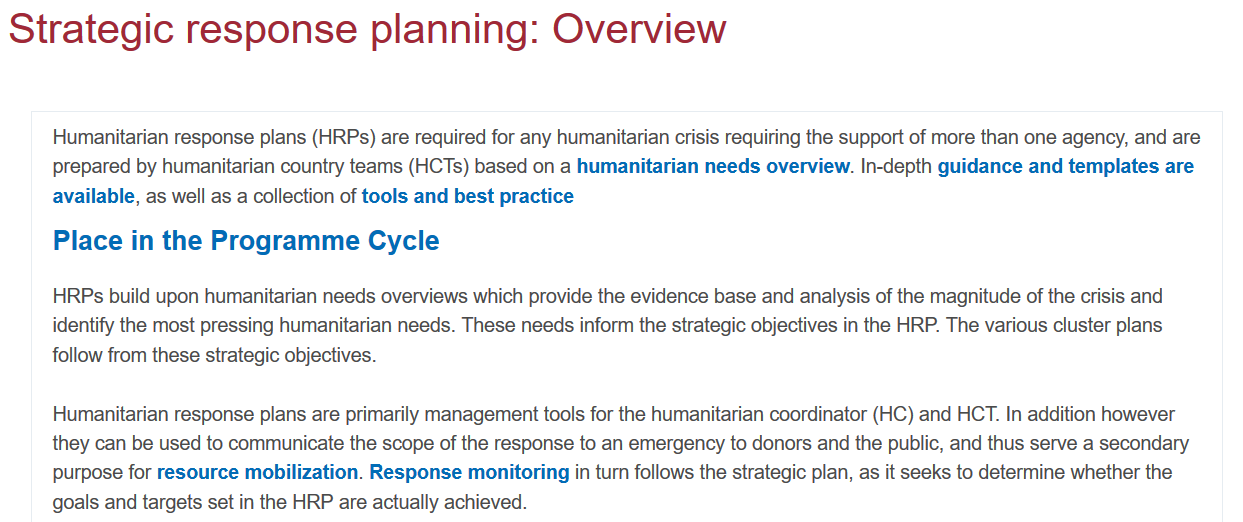
Strategic    response    planning:    Overview
     Humanitarian response plans (HRPs) are required for any humanitarian crisis requiring the support of more than one agency, and are
     prepared by humanitarian country teams (HCTs) based on a humanitarian needs overview. In-depth guidance and templates are
     available, as well as a collection of tools and best practice
     HRPs build upon humanitarian needs overviews which provide the evidence base and analysis of the magnitude of the crisis and
     identify the most pressing humanitarian needs. These needs inform the strategic objectives in the HRP. The various cluster plans
     follow from these strategic objectives.
     Place  in the  Programme    Cycle
     Humanitarian response plans are primarily management tools for the humanitarian coordinator (HC) and HCT. In addition however
     they can be used to communicate the scope of the response to an emergency to donors and the public, and thus serve a secondary
     purpose for resource mobilization. Response monitoring in turn follows the strategic plan, as it seeks to determine whether the
     goals and targets set in the HRP are actually achieved.